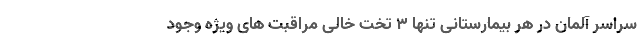
سراسر آلمان در هر بیمارستانی تنها 3 تخت خالی مراقبت های ویژه وجود